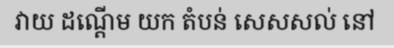
វាយ ដណ្តើម យក តំបន់ សេសសល់ នៅ